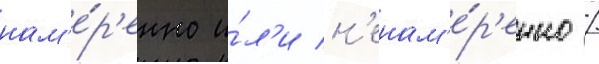
нам'е́р'енно и́л'и н'енам'е́р'енно /